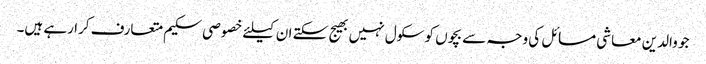
جو والدین معاشی مسائل کی وجہ سے بچوں کو سکول نہیں بھیج سکتے ان کیلئے خصوصی سکیم متعارف کرا رہے ہیں۔